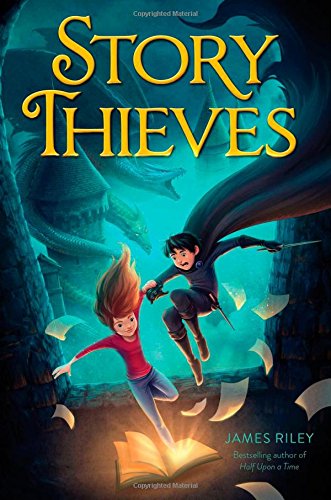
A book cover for Story Thieves; James Riley; Children's Books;